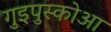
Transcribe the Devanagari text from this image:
गुइपुस्कोआ